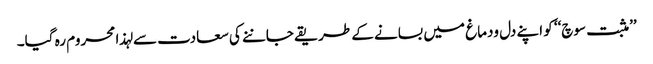
’’مثبت سوچ‘‘ کو اپنے دل ودماغ میں بسانے کے طریقے جاننے کی سعادت سے لہذا محروم رہ گیا۔